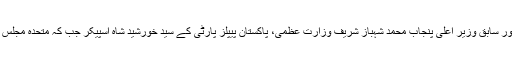
حزبِ اختلاف کی جانب سے پاکستان مسلم لیگ (ن) کے صدر اور سابق وزیرِ اعلیٰ پنجاب محمد شہباز شریف وزارتِ عظمیٰ، پاکستان پیپلز پارٹی کے سید خورشید شاہ اسپیکر جب کہ متحدہ مجلسِ عمل کے مولانا اسد الرحمان ڈپٹی اسپیکر کے امیدوار ہوں گے۔